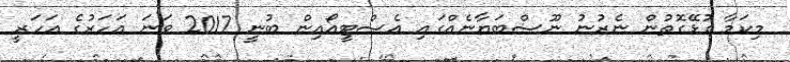
މިކަމާ ގުޅޭގޮތުން ނެރުނު ނޫސްބަޔާނެއްގައި އެސްޓީއޯއިން ބުނީ 2017 ވަނަ އަހަރުގެ އަހަރީ